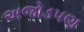
અજોડપણ